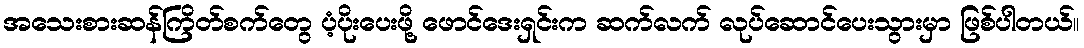
အသေးစားဆန်ကြိတ်စက်တွေ ပံ့ပိုးပေးဖို့ ဖောင်ဒေးရှင်းက ဆက်လက် လုပ်ဆောင်ပေးသွားမှာ ဖြစ်ပါတယ်။